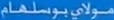
موالیبوسلهام